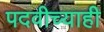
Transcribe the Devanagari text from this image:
पदवीच्याही